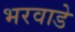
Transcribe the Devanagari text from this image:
भरवाडे